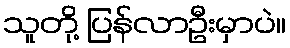
သူတို့ ပြန်လာဦးမှာပဲ။